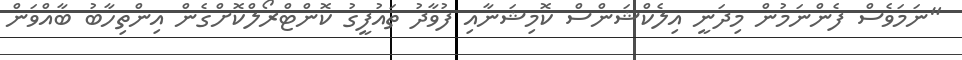
"ނަމަވެސް ފެންނަމުން މިދަނީ އިލެކްޝަންސް ކޮމިޝަނާއި ފުވާދު ތައުފީގު ކޮންޓްރޯލްކޮށްގެން އިންތިހާބު ބާއްވަން